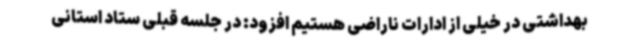
بهداشتی در خیلی از ادارات ناراضی هستیم افزود: در جلسه قبلی ستاد استانی